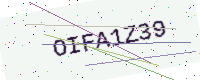
Text: OIFA1Z39